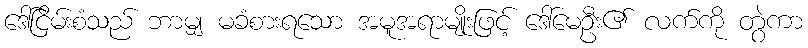
ဒေါ်ငြိမ်းစံသည် ဘာမျှ မခံစားရသော အမူအရာမျိုးဖြင့် ဒေါ်မေဦး၏ လက်ကို တွဲကာ